Report on sanitation, dispensaries, and jails in Rajputana for 1910, and on vaccination for the year 1910-1911 - 1910-1911
Year: 1910
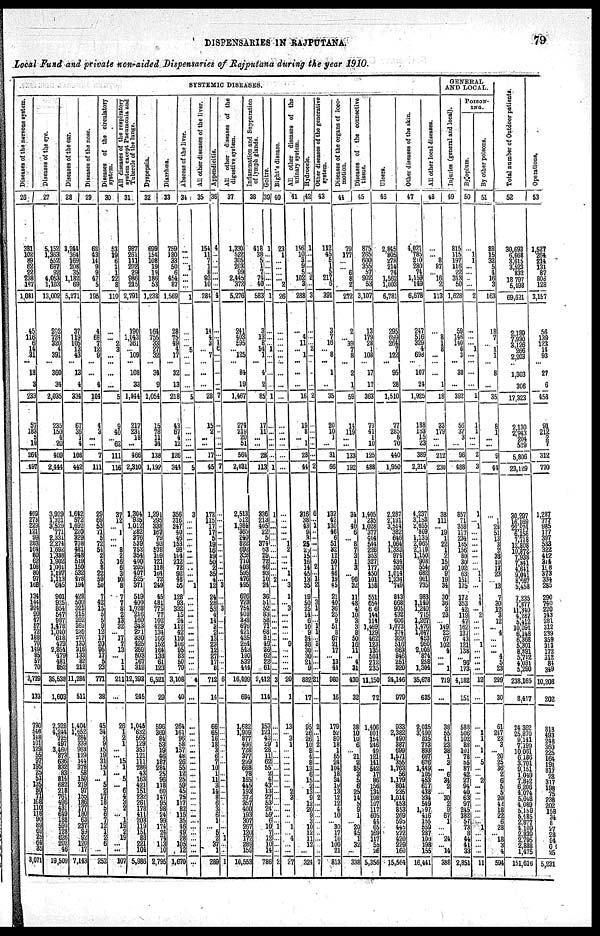
DISPENSARIES IN RAJPUTANA.
79
Local Fund and private non-aided Dispensaries of Rajputana during the year 1910.
SYSTEMIC DISEASES.
Diseases of the nervous
system.
26
381
102
89
62
22
238
187
1,081
45
116
6
14
31
...
18
3
233
57
183
5
19
264
497
469
273
229
121
99
283
164
80
62
108
80
97
168
134
144
324
99
47
57 72
188 70
149
85
57
70
3,729
133
730 546
148
101
129
55
97
195
25
51
135 80
71
108
110 118
90
89 69
25
64 35
3,071
Diseases of the eye.
27
5,152
1,363
552
687
92
4,053
1,103
13,002
202
724
320
4
391
...
360
34
2,035
235
150
4
20
409
2,444
3,929
1,321
3,529
771
2,331
2,274
1,692
1,338
1,902
1,001
1,197
1,113
645
901
925
854
547
887
1,478
1,040
618
479
3,854
479
481
852
35,538
1,603
2,328
4,244
725
497
3,460
873
636
831
83
814
682
218
76
496
431
649
188
590
128
626
202
46
19,509
Diseases
of the ear.
28
8,244
364
169
208
35
1,182
69
5,271
37
119
105
13
43
...
13
4
334
67
36
1
4
108
442
1,642
572
1,692
220
329 708
481
348
519
150
532
478
194
428
509
321
215
202
362
239
270
130
316
133
82
212
11,284
511
1,404
1,652
284
339
963
128
144
378
58
150
219
97
155
186
177
180
63
237
99
92
120
17
7,143
Diseases
of the noes.
29
68
43
14
9
9
47
5
195
4
68
7
12
9
...
...
4
104
4
3
...
...
7
111
29
69
53
71 5
72
54
2
5
8
22
59
50
7
42
15
5
5
9 12
17
20
95 17 5
23
771
38
45
34
2
9
15
19
31
15
1
...
5
2 17
18
5
6
7 12
1
2
6
...
252
Diseases of the circulatory
30
53
19
6
1
1
22
8
110
...
... 2
3
...
...
...
...
5
9
40
... 62
111
116
37
12
...
1
...
...
8 2
16
6
3 10
8
7
7
8
2 12
32
... 17
7 13
...
1
1
211
...
26
1
2 1
... ...
15
1
...
5 ...
6
4 3
2
...
1
19
2 19
...
...
107
All diseases
of the respiratory
system except Pneumonia and
Tubercle of the lungs.
31
987
261
111
202
29
986
215
2,791
190
1,043
361
... 109
...
108
33
1,844
217
231
18
...
466
2,310
1,304
935
1,012
282
376
539
753
354
400
205
407
525
371
519
400
1,028
216
160
343
271
330
425
259
503
167
312
12,393
245
1,045
632
565 129
351
121
111
286
43
163
421
151
232
261
178
411
203
119
151
88
221
104
5,986
Dyspepsia.
32
699
154
108
19
19
186
53
1,238
164
755
33
27
32
...
34
9
1,054
15
78
11
34
138
1,192
1,291
295
338
167
79
93
578
169
121
118
164
72
249
45
481
775
77
102
429
134
166
152
164
138
61
123
6,521
29
596
369
84
53
19
46
187
284
25
96
118
60
147
95
98
24
99
174
24
74
113
10
2,795
Diarrhœa.
33
759
180
33
50
6
454
87
1,569
28
75
49
4
17
...
32
13
218
43
67
4
12
126
344
356
316
247
40
46
153
98
104
212
72
92
48 55
128
93
332
15
24
112
42
110
106
95
83
50
79
3,108
40
264
161
96 58
157
48
26
55
12
25
59
45
75
117
82
115
35
46
49
28
105
12
1,670
Abscess of the liver.
34
...
...
... 1
...
...
...
1
...
...
... 5
...
...
...
...
5
...
...
...
...
...
5
3
...
...
...
...
...
...
...
...
...
...
... 1
...
...
...
...
...
...
...
...
...
...
...
... ...
4
...
...
...
...
...
... ...
...
... ...
...
...
...
...
...
...
... ...
... ...
...
...
...
...
All other diseases of the liver.
35
154
11
7
1
8 93
10
284
14
4
3
... 7
...
...
...
28
15
2
...
...
17
45
173
115
17
17
5
19
16
19
50
2
35
4
12
24
28
53
4
14
3
2
13
23
12
27
17
8
712
14
66
65 16
18
3 6
7 10
1 11
3 14
8
6
3
6
1
...
5
2 37
1
289
Appendicitis
36
4
...
...
...
...
...
...
4
...
...
1
6
...
...
...
...
7
...
...
...
...
...
7
...
...
...
...
...
...
...
...
...
...
...
... 3
...
... 3
...
...
...
...
...
...
...
...
...
...
6
...
...
...
...
...
...
...
...
...
...
...
...
... ...
...
...
...
...
...
... 1
...
...
1
All other diseases of the
digestive system.
37
1,330
522
305
203
99
2,445
372
5,276
241
403
595
... 125
...
84
19
1,467
274
219
20
51
564
2,031
2, 512
512
1,984 365 240
822
692
328
710
403
595 476
495
626
723 754
408
348
676 421
435
254
543
190
532
444
16,499
694
1,682
1,909
877
496
728
377
299 668
78
165
445
193
372
357
400
193
307
267
120
172
289
159
10,553
Inflammation and Suppuration
of lymph glands.
38
418
38
5 1
7
74 40
583
3
13
8
54
1
...
4
2
85
17
11
...
...
28
113
336
213
405
22
5
374
53
29
72
46
93
10
24
36
51
52
83
58
71
68
81
49
26
62
22
61
2,412
114
153
121
43 29 28
11
62
55
2
4
43
13
27
53 24
59
6
10
7
12
10
14
786
Goitre.
39
1
...
...
...
...
...
...
1
...
...
... 1
...
...
...
...
1
...
...
...
...
...
1
1
...
...
...
...
...
...
...
...
...
... 2
...
...
...
...
...
...
...
...
...
...
...
...
...
...
3
...
...
...
... 1
...
...
...
... ...
...
...
...
... ...
...
... ...
1
...
... ...
...
2
Bight's
diseases.
40
23
1
...
...
...
... 2
26
...
...
...
...
...
...
...
...
...
...
...
...
...
...
...
...
...
...
...
... 1
2
...
...
... 1
... 3
1
... 3
...
...
...
...
... 9
...
...
...
...
20
1
13
...
3
1
...
...
...
...
...
...
...
2
3
...
...
...
...
1
...
4
...
...
27
All other diseases of the
urinary system.
41
156
10
3
9
5
102
3
288
...
4
11
... 1
...
...
...
16
19
8 ...
1
28
44
316
38
43
9
3 25
25
15
16
14
45
13
35
19
50
25
14
6 10
9 24
28
30
30
21
9
882
17
95
26
26
10
8
4
8
13
6
15
2 13
9
12
20
9
3 10
12 11
12
...
324
Hydrocele.
42
1
...
...
...
... 2
...
3
...
...
... 2
...
...
...
...
2
...
...
...
...
...
2
6
...
1
...
...
...
...
...
... 2
...
1
2
...
3
1
...
...
1
1
... 3
...
...
...
...
21
...
2
...
1
2
...
...
...
...
...
...
...
...
2
...
...
...
...
...
...
...
...
...
7
Other diseases of the generative
system.
43
112
45
5
1
5
217
6
391
3
7
16
... 8
...
1
...
35
20
10
1
...
31
66
132
42
130
46
6
51
32
12
50 17
46
19
45
21
40
36
25
9
51
8
67
21
17
... 13
44
980
16
179
52
80
18
1
55
24
104
18
34
19 13
12
12
4
10
... 30
17
10
100 21
813
Diseases of the organs of loco¬
motion.
44
79
177
...
... 6
8
2
272
2
... 39
7
8
...
2
1
59
14
119
...
...
133
192
34
1
40
6
... 8
7
3
1
3
... 96
32
11
48
4
10
3
3 8
50
16 11
... 4
31
430
32
36
10
10
6
... 21
2
85
3
5
6
25
14
5
9
1
... 20
45
1 32
...
338
Diseases of the connective
tissue.
45
875
265
600
355
57
902
53
3,107
13
179
28
1
103
...
17
17
363
73
41
1
10
125
488
1,405
235
1,028
377
404
544
226
353
327
177
450
101
158
551
654
6 6
144
114
1,469
129
462
123
135
501
212
235
11,150
72
1,406
801
154
246
49
121
141
542
17
86
156
134
198
107
117
605
44
65
169
117
55
26
5,356
Ulcers.
46
2,845
805
278 214
74
1, 562
1,003
6,781
295
699
264
7
122
...
95
28
1,510
77
285
8
70
440
1,950
2,287
2,191
3,514
382
646
1,064
1,333
974
434
503
1,014
1,234
749
843
668
905 432
606
1,073
374
329
516
663
846
251
320
24,146
979
933
2,382
490
387
699
1,671
355
1,763
56
1,179
804
235
1,014
453
853
269
596
445
272
420
229
160
15,564
Other diseases
of the skin.
47
4,071
785
210
280
74
1,159
149
6,678
247
516
329
4
698
...
107
24
1,925
188
163
15
23
389
2,314
4,237
3,163
2,655
809
1,135
2,065 2,119
1,150
908
554
682
961
735
983
1,140
1,240
715
1,261
1,476
1,847 453
950
2,008 874
258
1,304
35,678
635
2,035
3,490
835
733
893 667
676
1,449
105
453
617
438
334
549
1,297
416
155
559
287
100
198
155
16,441
All other local diseases.
48
...
... 8
87
... 16
2
113
...
8
1
8
...
...
...
1
18
33
179
...
...
212
230
38
111
... 19
1
22
1
2
15
10 9
19
34
30
36
3
23
... 149
23
67
102
4
...
... 1
719
...
38
55
41
23
38
1
3
... 6
34
2
... 30
2
9
67
1
... ... 24
... 14
388
GENERAL
AND LOCAL.
Injuries (general and local).
49
815
115
197
116
22
313
50
1,628
59
146
140
6
3
...
38
...
392
56
37
3
...
96
488
857
71
358
117
234
185
156
80
30
102
63
151
175
172
353
42
119
47
162
137
43
121
138
... 96
173
4,182
151
588
506
102
88
101
78
55
88
42
27
94
40
63
97
245
382
57
73
8 44
41
33
2,851
POISON¬
ING.
By opium.
50
...
1
1
...
...
...
...
2
...
...
... 1
...
...
...
...
1
1
1
...
...
2
3
1
... 1
...
...
...
...
...
...
... 1
1
...
1
4
... 2
...
...
...
...
...
...
...
...
...
12
...
...
1
1
... 1
...
5
... ...
2
...
... ...
...
...
...
...
1
...
...
...
...
11
By other poisons.
51
88
15
32
5
4
16
3
163
18
7
... 1
1
...
8
...
35
8
1
...
...
9
44
...
1
28
51
13
3
2
38
10
17
23
... 13
7
30
12
3 12
... 4
... ...
... 4
5
23
299
30
61
247 23
3
... 20
25
36
2
6
5
5
20
42
18
22
6
28
... 18
3
4
594
Total number of Out-door patients.
52
30,693
6,668
3,615
3,523
832
18,797
5,493
69,621
2,189
7,930
3,126
266
2,203
...
1,303
306
17,323
2,130
2,943
204
529
5,806
23,129
30,297
16,169
22,574
6,158
7,718
12,808
10,872
7,938
7,841
4,641
9,041
8,667
5,458
7,235
7,877
11,310
4,287
5,412
10,091
6,148
6,368
5,301
8,891
5,712
4,031
5,290
238,165
8,417
24,362
25,870
9,141
7,199
10,061
6,186
3,701
9,151
1,049
7,842
6,206
4,074
5,048
4,089
5,159
5,485
2,877
4,109
2,839
2,795
2,888
1,475
151,616
Operations.
53
1,527
264
214
131
87
806
128
3,157
56
139
123
14
93
...
27
6
458
91
212
2
7
312
770
1,287
777
985 177
397
533
322
412
314
198
373
334
285
290
740
220
143
281
312
239
359
313
172
312
84
349
10,208
202
818
493
248
360
225
164
191
817
28
317
198
75
238
202
158
34
8
27
28
94
02
25
5,221